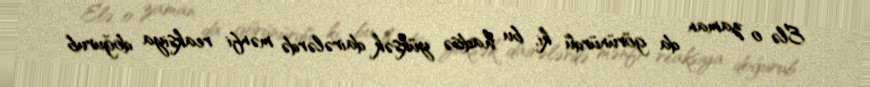
Elə o zaman da görünürdü ki, bu hadisə yüksək dairələrdə mənfi reaksiya doğurub